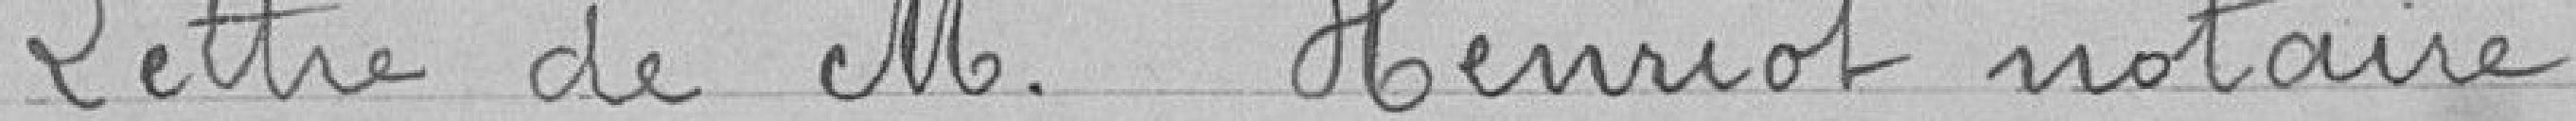
Lettre de M. Henriot notaire